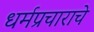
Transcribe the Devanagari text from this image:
धर्मप्रचाराचे